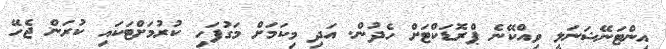
އިންޓަނޭޝަނަލީ ވިއްކޭނެ ޕްރޮޑަކްޓަަށް ހެދުން. އަދި މިކަމަށް މަގުފަހި ކުރުމަށްޓަކައި ކުރަން ޖެހޭ